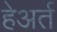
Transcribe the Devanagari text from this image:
हेअर्त